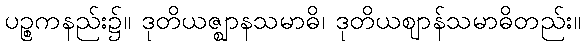
ပဉ္စကနည်း၌။ ဒုတိယဇ္ဈာနသမာဓိ၊ ဒုတိယဈာန်သမာဓိတည်း။